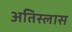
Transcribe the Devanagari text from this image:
अतिस्लास